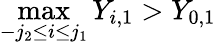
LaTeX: \operatorname*{max}_{-j_{2}\leq i\leq j_{1}}Y_{i,1}>Y_{0,1}